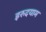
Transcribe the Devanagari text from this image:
इरुदयाम